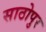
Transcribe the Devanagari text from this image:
साठोपुर